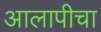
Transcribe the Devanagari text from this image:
आलापीचा